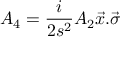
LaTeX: A _ { 4 } = \frac { i } { 2 s ^ { 2 } } A _ { 2 } \vec { x } . \vec { \sigma }